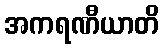
အကရဏီယာတိ